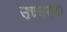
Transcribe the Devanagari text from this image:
उच्चराद्य